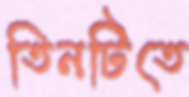
তিনটিতে